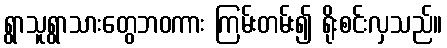
ရွာသူရွာသားတွေဘဝကား ကြမ်းတမ်း၍ ရိုးစင်းလှသည်။